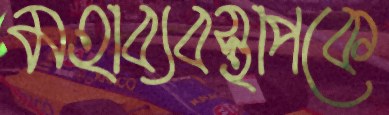
মহাব্যবস্থাপকে